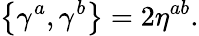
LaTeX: \left\{ \gamma^{a},\gamma^{b}\right\} =2\eta^{ab}.